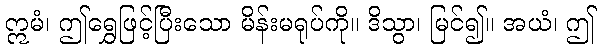
ဣမံ၊ ဤရွှေဖြင့်ပြီးသော မိန်းမရုပ်ကို။ ဒိသွာ၊ မြင်၍။ အယံ၊ ဤ